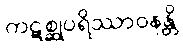
ကဋစ္ဆုပရိဿာဝနန္တိ